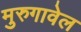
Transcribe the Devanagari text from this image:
मुरुगावेल